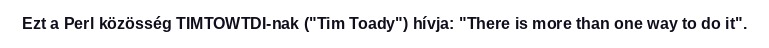
Ezt a Perl közösség TIMTOWTDI-nak ("Tim Toady") hívja: "There is more than one way to do it".